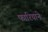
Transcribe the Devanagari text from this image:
फारियाने